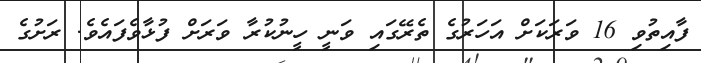
ފާއިތުވި 16 ވަރަަކަށް އަހަރުގެ ތެރޭގައި ވަނީ ހީނުކުރާ ވަރަށް ފުޅާވެފައެވެ. ރަށުގެ